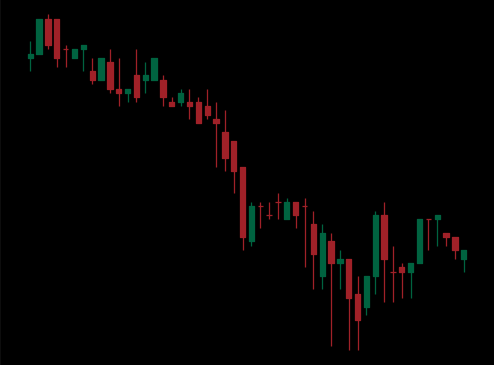
Pattern: bull_flag